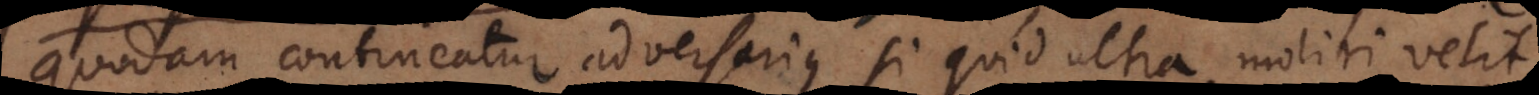
quodam contineatur adversarius si quid ultra moliri velit,